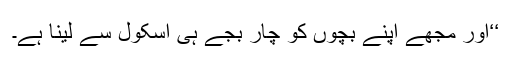
‘‘اور مجھے اپنے بچوں کو چار بجے ہی اسکول سے لینا ہے۔